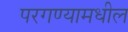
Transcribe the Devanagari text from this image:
परगण्यामधील